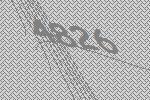
4826